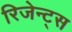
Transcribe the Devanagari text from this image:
रिजेन्ट्स